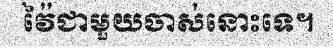
វ៉ៃជាមួយចាស់នោះទេ។